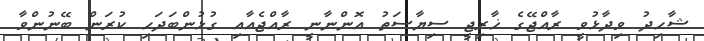
ޝާހިދު ވިދާޅުވީ ރާއްޖޭގެ ޚާރިޖީ ސިޔާސަތު އޮންނާނީ ރާއްޖެއާއި ގުޅުންބަދަހި ކުރަން ބޭނުންވާ